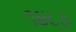
૧૪૮૭